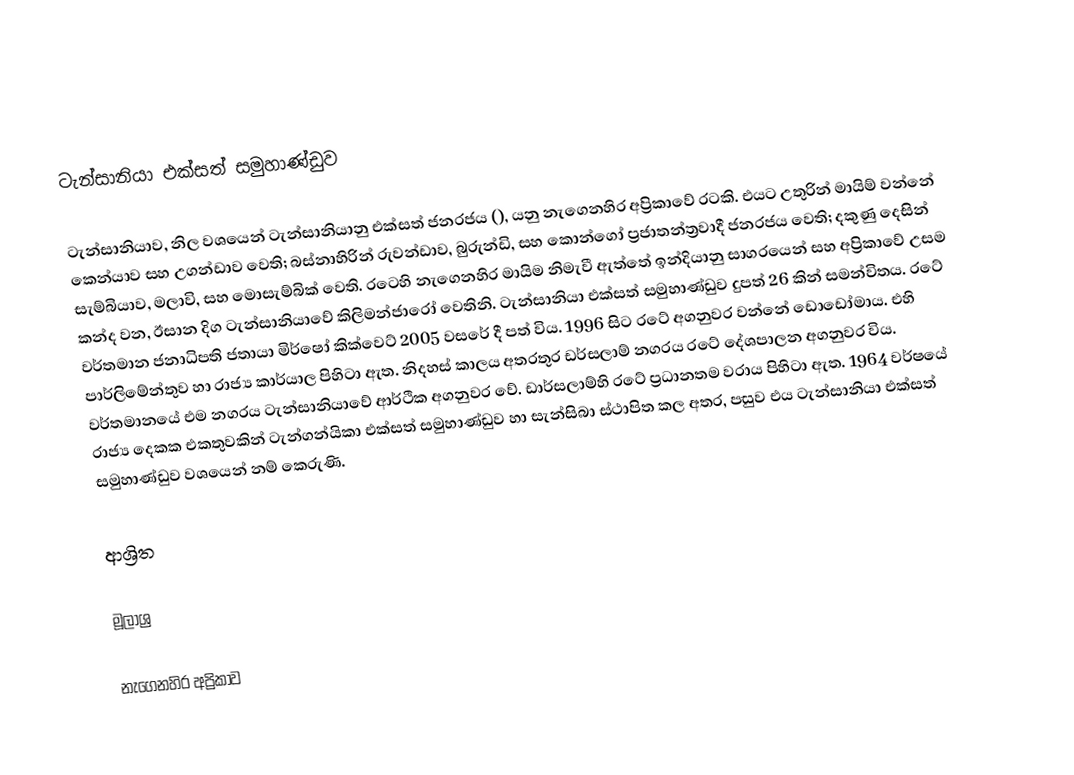
ටැන්සානියා එක්සත් සමුහාණ්ඩුව

ටැන්සානියාව, නිල වශයෙන් ටැන්සානියානු එක්සත් ජනරජය (), යනු නැගෙනහිර අප්‍රිකාවේ රටකි. එයට උතුරින් මායිම් වන්නේ කෙන්යාව සහ උගන්ඩාව වෙති; බස්නාහිරින් රුවන්ඩාව, බුරුන්ඩි, සහ කොන්ගෝ ප්‍රජාතන්ත්‍රවාදී ජනරජය වෙති; දකුණු දෙසින් සැම්බියාව, මලාවි, සහ මොසැම්බික් වෙති. රටෙහි නැගෙනහිර මායිම නිමැවී ඇත්තේ ඉන්දියානු සාගරයෙන් සහ අප්‍රිකාවේ උසම කන්ද වන, ඊසාන දිග ටැන්සානියාවේ කිලිමන්ජාරෝ වෙතිනි. ටැන්සානියා එක්සත් සමුහාණ්ඩුව දුපත් 26 කින් සමන්විතය. රටේ වර්තමාන ජනාධිපති ජතායා මිර්ෂෝ කික්වෙට් 2005 වසරේ දී පත් විය. 1996 සිට රටේ අගනුවර වන්නේ ඩොඩෝමාය. එහි පාර්ලිමේන්තුව හා රාජ්‍ය කාර්යාල පිහිටා ඇත. නිදහස් කාලය අතරතුර ඩර්සලාම් නගරය රටේ දේශපාලන අගනුවර විය. වර්තමානයේ එම නගරය ටැන්සානියා‍වේ ආර්ථික අගනුවර වේ. ඩාර්සලාම්හි රටේ ප්‍රධානතම වරාය පිහිටා ඇත. 1964 වර්ෂයේ රාජ්‍ය දෙකක එකතුවකින් ටැන්ගන්යිකා එක්සත් සමුහාණ්ඩුව හා සැන්සිබා ස්ථාපිත කල අතර, පසුව එය ටැන්සානියා එක්සත් සමුහාණ්ඩුව වශයෙන් නම් කෙරුණි.

ආශ්‍රිත

මූලාශ්‍ර

නැගෙනහිර අප්‍රිකාව